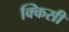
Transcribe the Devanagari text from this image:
क्किसी